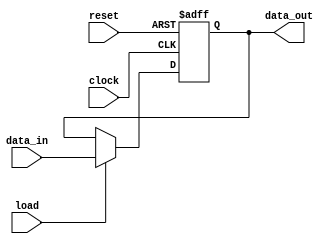
module sequential_logic (
    input wire clock,          // Clock input
    input wire reset,          // Asynchronous reset input
    input wire load,           // Load signal to load new data
    input wire [7:0] data_in,  // 8-bit input data
    output reg [7:0] data_out   // 8-bit output data
);

// Always block triggered on clock edges or reset
always @(posedge clock or posedge reset) begin
    if (reset) begin
        // Asynchronous reset
        data_out <= 8'b0;       // Clear output register
    end else if (load) begin
        // Load new data on rising edge of clock if load is high
        data_out <= data_in;    // Update output with input data
    end
    // Additional state updates can be added here
end

endmodule